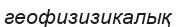
геофизизикалық